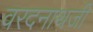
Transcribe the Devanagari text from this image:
वरदनाथजी